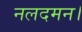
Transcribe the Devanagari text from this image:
नलदमन।